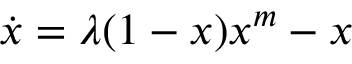
\begin{array} { r } { \dot { x } = \lambda ( 1 - x ) { x ^ { m } } - x } \end{array}